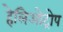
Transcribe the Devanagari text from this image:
हेलिओट्रोप